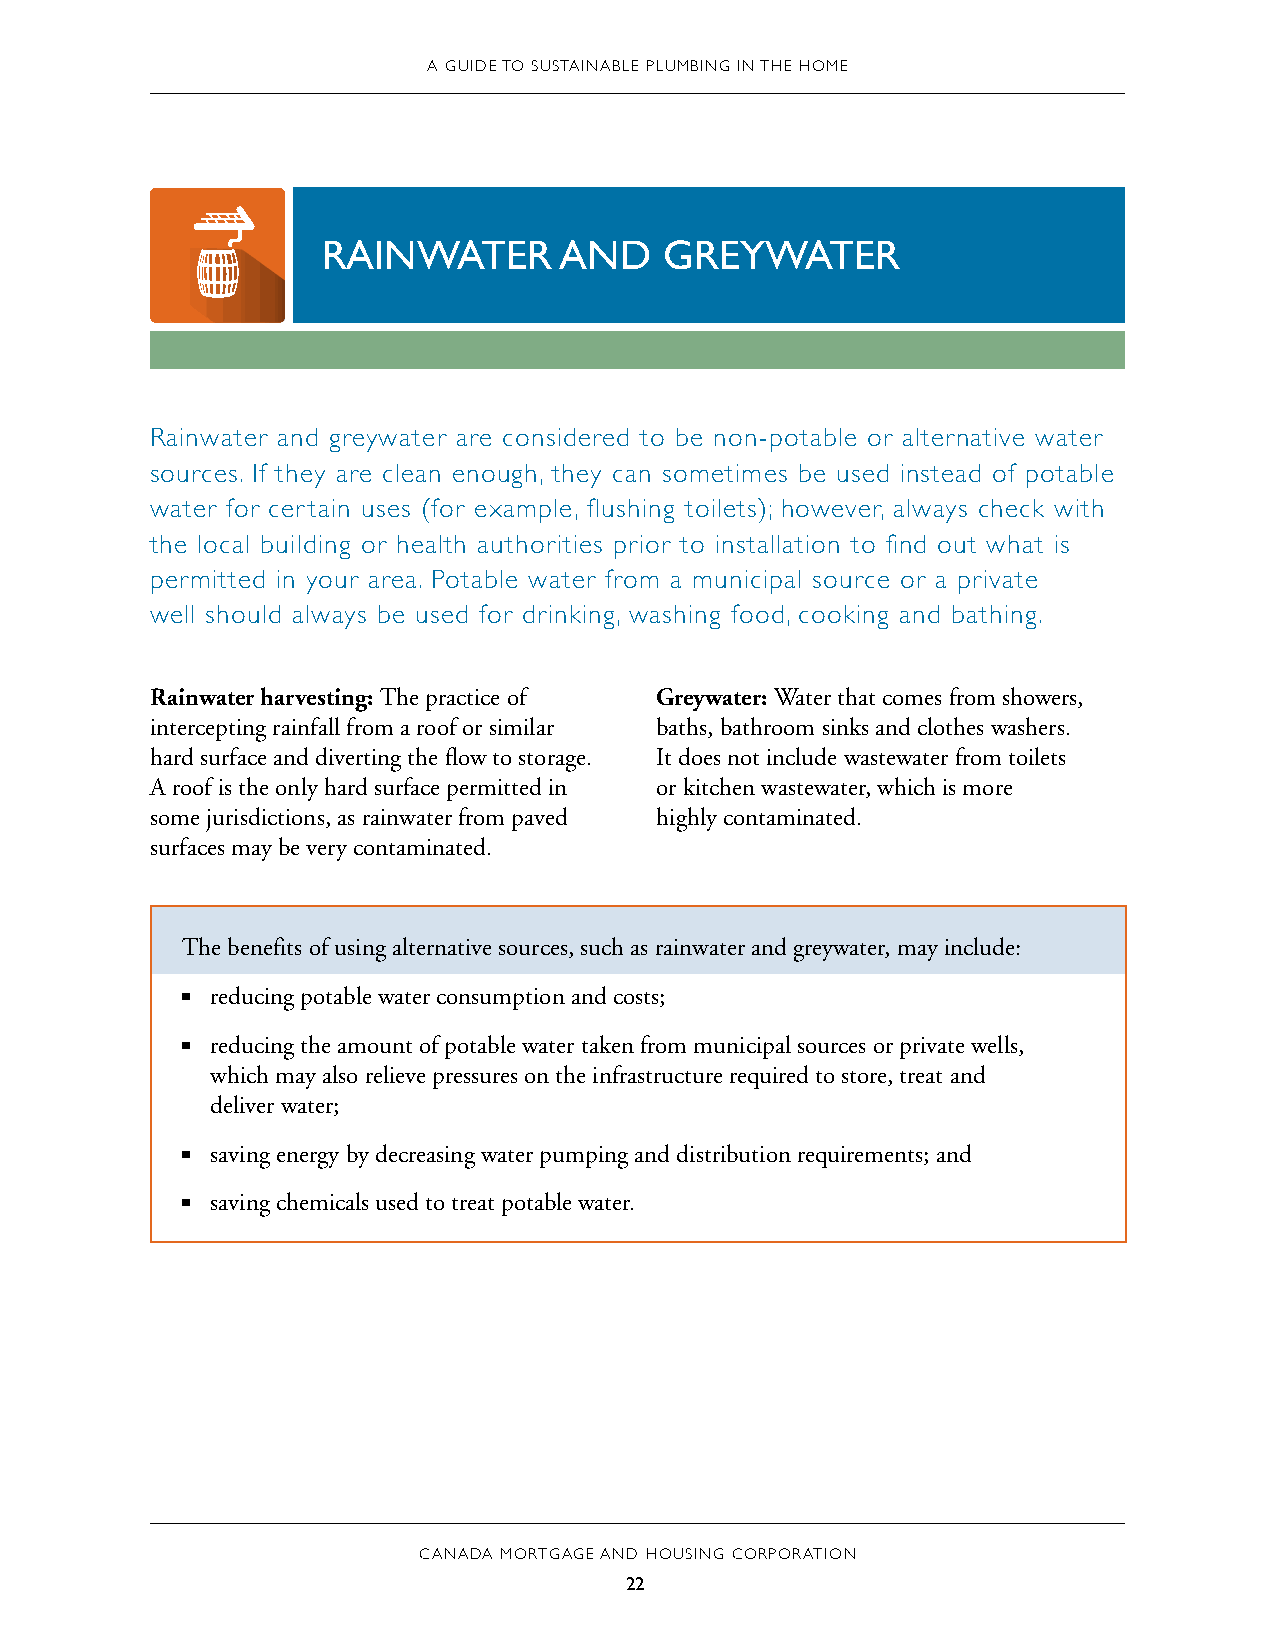
A GUIDE TO SUSTAINABLE PLUMBING IN THE HOME
 RAINWATER       AND    GREYWATER
 Rainwater and greywater are considered to be non-potable or alternative water
 sources. If they are clean enough, they can sometimes be used instead of potable
 water for certain uses (for example, flushing toilets); however, always check with
 the local building or health authorities prior to installation to find out what is
 permitted in your area. Potable water from a municipal source or a private
 well should always be used for drinking, washing food, cooking and bathing.
 Rainwater harvesting: The practice of Greywater: Water that comes from showers,
 intercepting rainfall from a roof or similar baths, bathroom sinks and clothes washers.
 hard surface and diverting the flow to storage. It does not include wastewater from toilets
 A roof is the only hard surface permitted in or kitchen wastewater, which is more
 some jurisdictions, as rainwater from paved highly contaminated.
 surfaces may be very contaminated.
 The benefits of using alternative sources, such as rainwater and greywater, may include:
 ■■ reducing potable water consumption and costs;
 ■■ reducing the amount of potable water taken from municipal sources or private wells,
 which may also relieve pressures on the infrastructure required to store, treat and
 deliver water;
 ■■ saving energy by decreasing water pumping and distribution requirements; and
 ■■ saving chemicals used to treat potable water.
 CANADA MORTGAGE AND HOUSING CORPORATION
 22